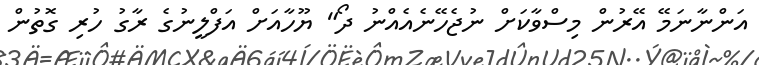
އަންނާނަމޭ އޭރުން މިސްވާކަށް ނުޖެހޭނެއެއްނު ދޯ" ޔޫހާއަށް އަފްލީނުގެ ރާގު ހުރި ގޮތުން